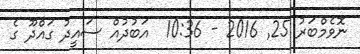
ނޮވެމްބަރު 25